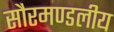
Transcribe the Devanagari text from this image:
सौरमण्डलीय